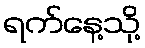
ရက်နေ့သို့